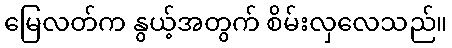
မြေလတ်က နွယ့်အတွက် စိမ်းလှလေသည်။